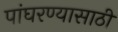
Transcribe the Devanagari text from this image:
पांघरण्यासाठी